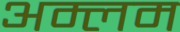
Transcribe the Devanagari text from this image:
अम्लम